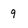
Character: 9